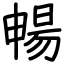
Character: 暢